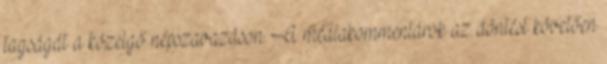
tagságát a közelgő népszavazáson. A médiakommentárok az döntést követően